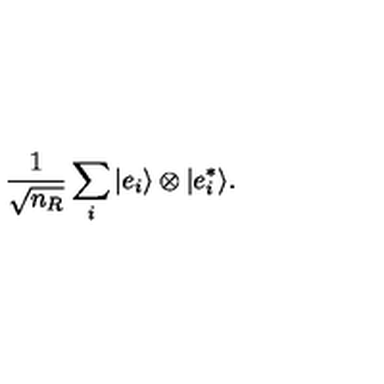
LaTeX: { \frac { 1 } { \sqrt { n _ { R } } } } \sum _ { i } | e _ { i } \rangle \otimes | e _ { i } ^ { * } \rangle .